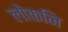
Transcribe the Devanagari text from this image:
लोकनि